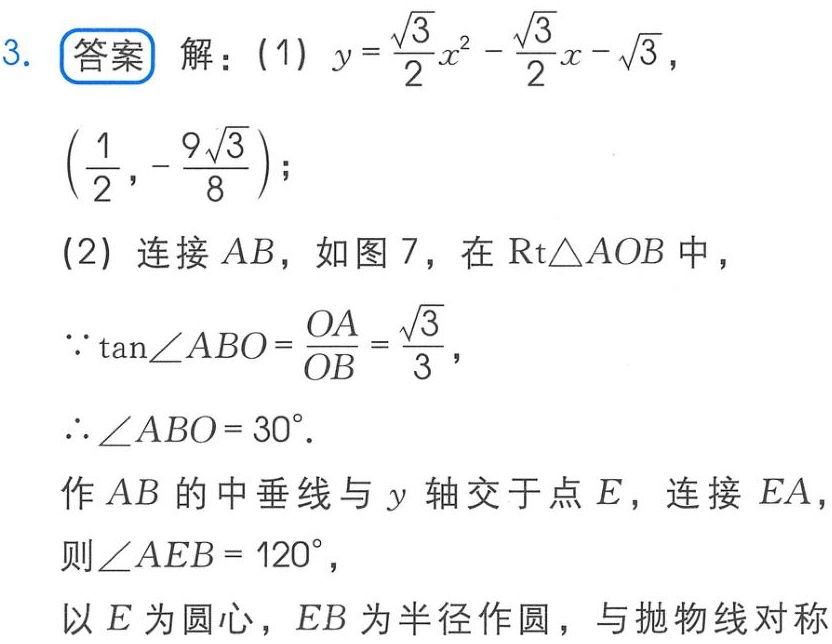
3. 答案 解：(1) \(y = \frac{\sqrt{3}}{2}x^{2}-\frac{\sqrt{3}}{2}x - \sqrt{3}\)，
\(\left(\frac{1}{2},-\frac{9\sqrt{3}}{8}\right)\)；
(2) 连接 \(AB\)，如图 7，在 \(\text{Rt}\triangle AOB\) 中，
\(\because\tan\angle ABO=\frac{OA}{OB}=\frac{\sqrt{3}}{3}\)，
\(\therefore\angle ABO = 30^{\circ}\).
作 \(AB\) 的中垂线与 \(y\) 轴交于点 \(E\)，连接 \(EA\)，
则 \(\angle AEB = 120^{\circ}\)，
以 \(E\) 为圆心，\(EB\) 为半径作圆，与抛物线对称